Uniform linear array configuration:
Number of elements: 4
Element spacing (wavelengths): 0.25
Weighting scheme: blackman
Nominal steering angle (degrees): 45
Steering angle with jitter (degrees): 45.756
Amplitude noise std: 0.05
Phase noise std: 0.05

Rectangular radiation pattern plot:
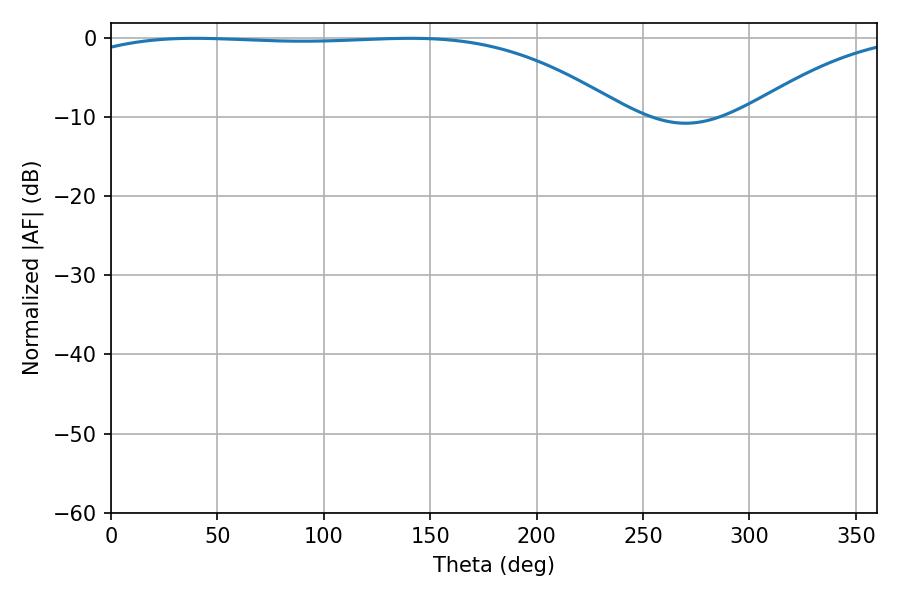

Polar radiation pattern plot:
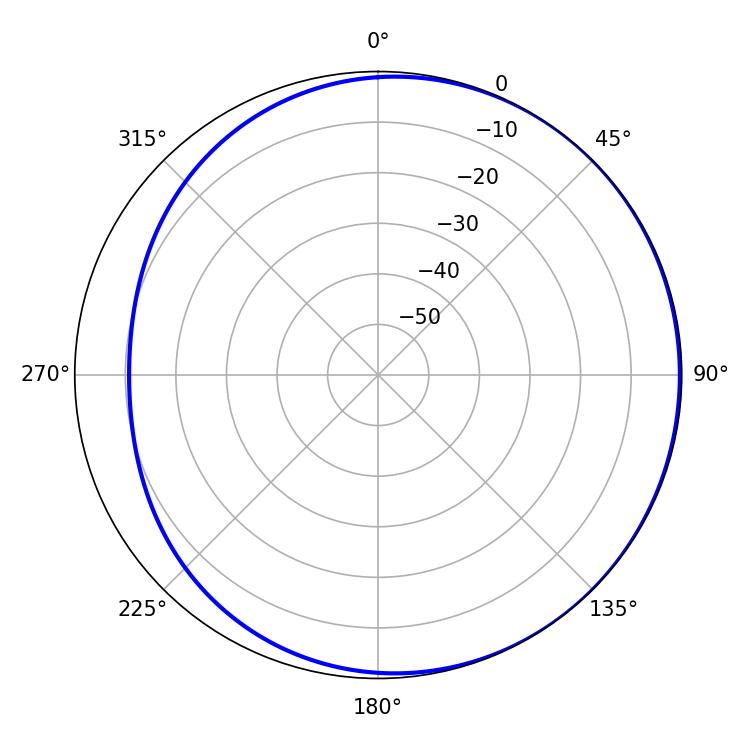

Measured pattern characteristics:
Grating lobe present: FALSE
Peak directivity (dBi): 1.286
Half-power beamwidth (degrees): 201.6
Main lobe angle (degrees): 39.24